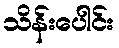
သိန်းပေါင်း